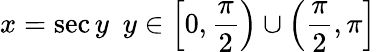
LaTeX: x=\sec y\ \ y\in\left[0,{\frac{\pi}{2}}\right)\cup\left({\frac{\pi}{2}},\pi\right]